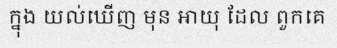
ក្នុង យល់ឃើញ មុន អាយុ ដែល ពួកគេ